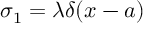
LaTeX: \sigma _ { 1 } = \lambda \delta ( x - a )